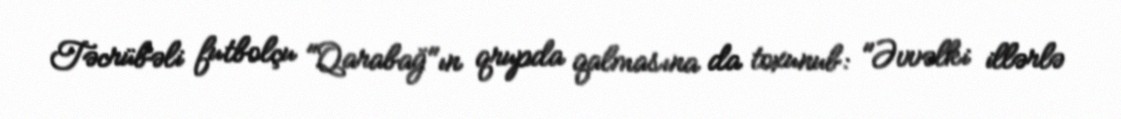
Təcrübəli futbolçu "Qarabağ"ın qrupda qalmasına da toxunub: "Əvvəlki illərlə